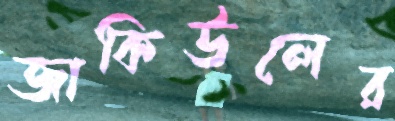
জাকিউলের